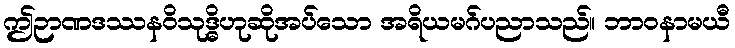
ဤဉာဏဒဿနဝိသုဒ္ဓိဟုဆိုအပ်သော အရိယမဂ်ပညာသည်။ ဘာဝနာမယီ